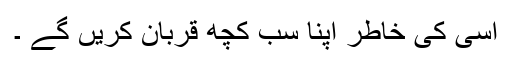
اسی کی خاطر اپنا سب کچھ قربان کریں گے ۔